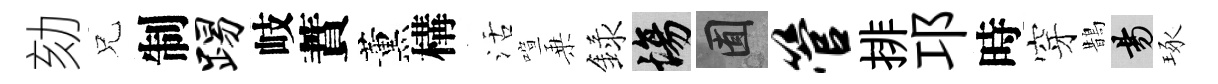
劾兄制踢岐蕡薰構活喧乗録場囿管排邛時穿鵲昜琢